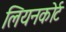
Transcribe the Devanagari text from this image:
लियनकोर्ट